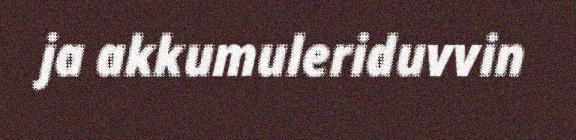
ja akkumuleriduvvin